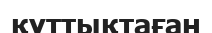
құттықтаған